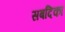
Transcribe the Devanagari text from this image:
सबदिका